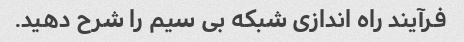
فرآیند راه اندازی شبکه بی سیم را شرح دهید.